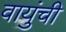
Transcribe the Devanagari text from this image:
वायुंची